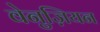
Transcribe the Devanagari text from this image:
वेनुज़ियन